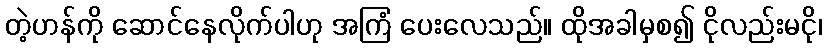
တဲ့ဟန်ကို ဆောင်နေလိုက်ပါဟု အကြံ ပေးလေသည်။ ထိုအခါမှစ၍ ငိုလည်းမငို၊